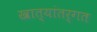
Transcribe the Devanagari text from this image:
खात्यांतर्गत